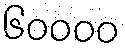
၆၀၀၀၀